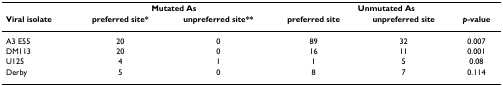
<table><thead><tr><td>[EMPTY_CELL]</td><td colspan="2"><b>Mutated As</b></td><td colspan="3"><b>Unmutated As</b></td></tr><tr><td><b>Viral isolate</b></td><td><b>preferred site*</b></td><td><b>unpreferred site**</b></td><td><b>preferred site</b></td><td><b>unpreferred site</b></td><td><b><i>p</i>-value</b></td></tr></thead><tbody><tr><td>A3 E55</td><td>20</td><td>0</td><td>89</td><td>32</td><td>0.007</td></tr><tr><td>DM113</td><td>20</td><td>0</td><td>16</td><td>11</td><td>0.001</td></tr><tr><td>U125</td><td>4</td><td>1</td><td>1</td><td>5</td><td>0.08</td></tr><tr><td>Derby</td><td>5</td><td>0</td><td>8</td><td>7</td><td>0.114</td></tr></tbody></table>